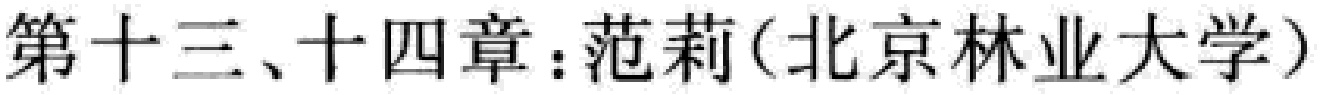
第十三、十四章：范莉（北京林业大学）